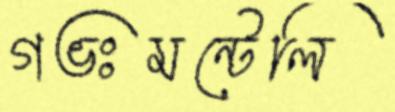
গভঃমন্টেলি